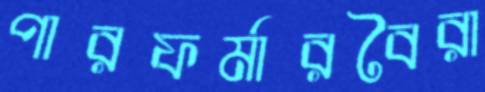
পারফর্মারবৈরা